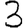
Digit: 3